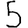
Digit: 5